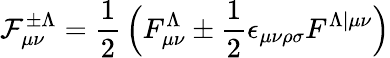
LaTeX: {\cal F}_{\mu\nu}^{\pm\Lambda}={\frac{1}{2}}\, \Bigl(F_{\mu\nu}^{\Lambda}\pm{\frac{1}{2}}\epsilon_{\mu\nu\rho\sigma}F^{\Lambda\vert\mu\nu}\Bigr)